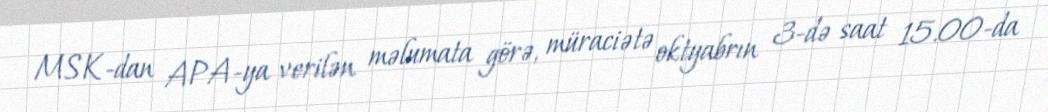
MSK-dan APA-ya verilən məlumata görə, müraciətə oktyabrın 3-də saat 15.00-da